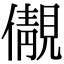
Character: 儬